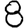
Digit: 8